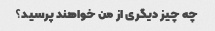
چه چیز دیگری از من خواهند پرسید؟